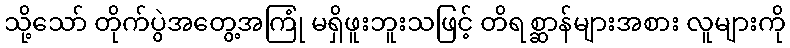
သို့သော် တိုက်ပွဲအတွေ့အကြုံ မရှိဖူးဘူးသဖြင့် တိရစ္ဆာန်များအစား လူများကို